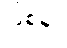
ဖြစ်မှာ